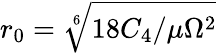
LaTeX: r_{0}=\sqrt[6]{18C_{4}/\mu\Omega{}^{2}}